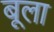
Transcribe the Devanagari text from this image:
बूला